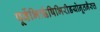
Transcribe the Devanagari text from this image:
पूर्वेभिर्ऋषिभिरीडयोनूतनैरुत